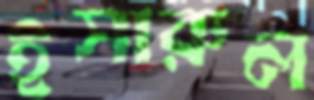
ইসারুল